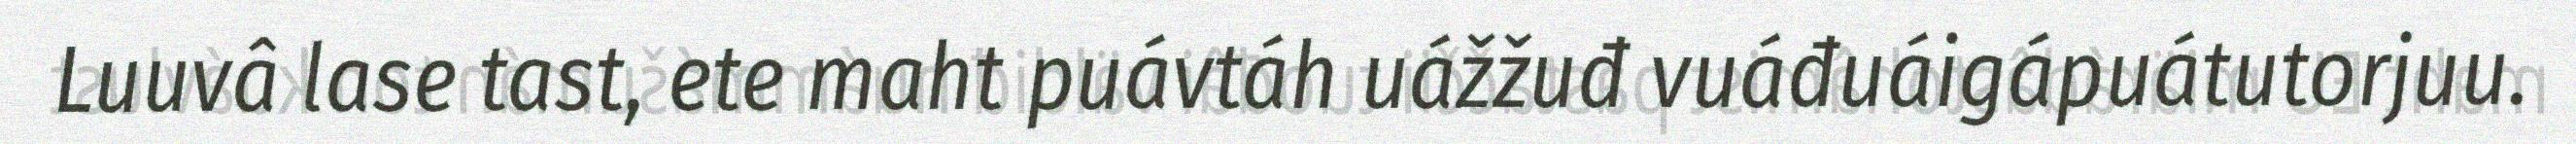
Luuvâ lase tast, ete maht puávtáh uážžuđ vuáđuáigápuátutorjuu.